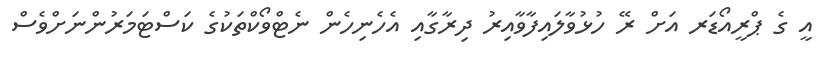
އީ ގެ ޕްރީއޯޑަރ އަށް ރޭ ހުޅުވާލައިފާވާއިރު ދިރާގާއި އެހެނިހެން ނެޓްވޯކްތަކުގެ ކަސްޓަމަރުންނަށްވެސް